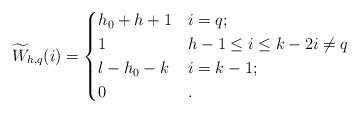
LaTeX: \begin{align*}\widetilde{W}_{h,q}(i)=\begin{cases} h_{0}+h+1& i=q;\\ 1 & h-1\leq i\leq k-2 i\neq q\\ l-h_{0}-k& i=k-1;\\ 0 & .\end{cases}\end{align*}